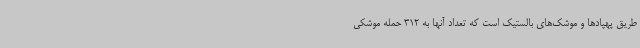
طریق پهپادها و موشک‌های بالستیک است که تعداد آنها به 312 حمله موشکی